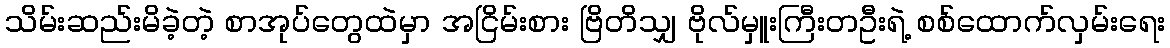
သိမ်းဆည်းမိခဲ့တဲ့ စာအုပ်တွေထဲမှာ အငြိမ်းစား ဗြိတိသျှ ဗိုလ်မှူးကြီးတဦးရဲ့ စစ်ထောက်လှမ်းရေး